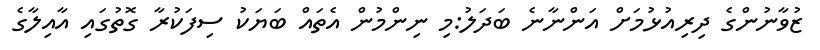
ޒުވާނުންގެ ދިރިއުޅުމަށް އަންނާނެެ ބަދަލު:މި ނިންމުން އެތައް ބަޔަކު ސިފަކުރާ ގޮތުގައި އާއިލާގެ